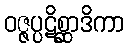
ဝဇ္ဇပ္ပဋိစ္ဆာဒိကာ